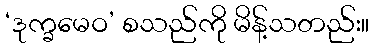
‘ဒုက္ခမေဝ’ စသည်ကို မိန့်သတည်း။